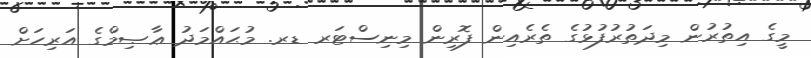
މީގެ އިތުރުން މިދަތުރުފުޅުގެ ތެރެއިން ފޮރިން މިނިސްޓަރ ޑރ. މުޙައްމަދު ޢާޞިމްގެ އަރިހަށް